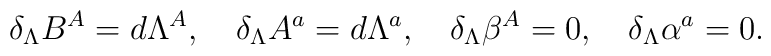
\delta_\Lambda B^A = d\Lambda^A,\quad \delta_\Lambda A^a=d\Lambda^a,\quad\delta_\Lambda \beta^A =0,\quad \delta_\Lambda \alpha^a=0.